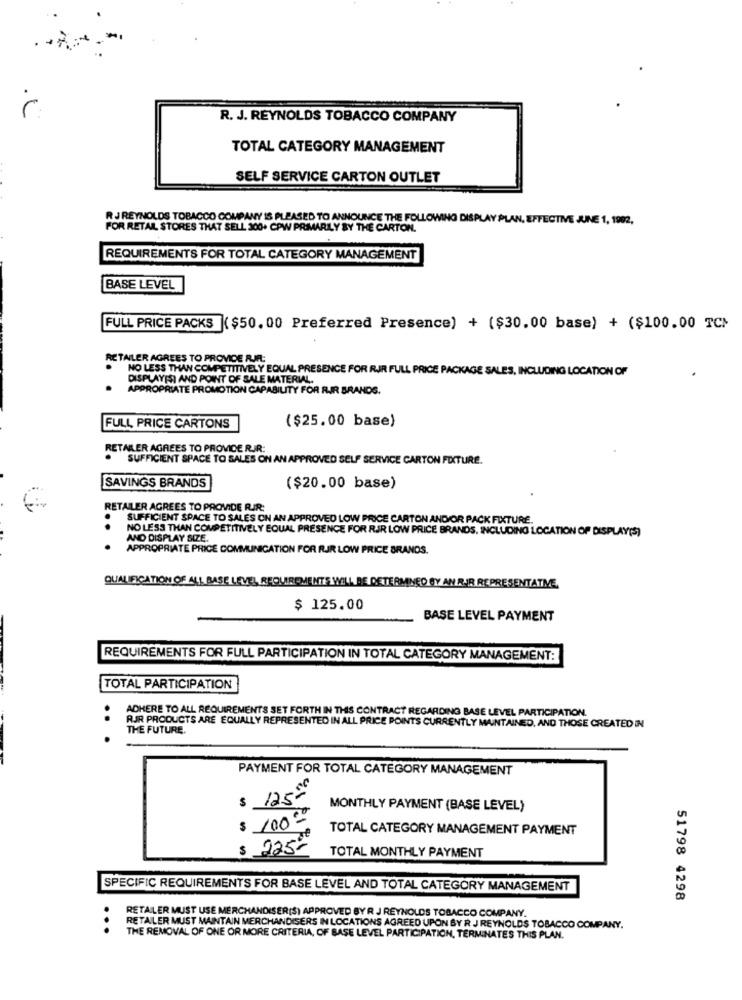
R. J. REYNOLDS TOBACCO COMPANY
TOTAL CATEGORY MANAGEMENT
SELF SERVICE CARTON OUTLET
R J REYNOLDS TOBACCO COMPANY IS PLEASED TO ANNOUNCE THE FOLLOWING DISPLAY PLAN, EFFECTIVE JUNE 1, 1902,
FOR RETAIL STORES THAT SELL 300+ CPW PRIMARILY BY THE CARTON.
REQUIREMENTS FOR TOTAL CATEGORY MANAGEMENT
BASE LEVEL
FULL PRICE PACKS ($50. 00 Preferred Presence) + ($30.00 base) + ($100.00 TC)
RETAILER AGREES TO PROVIDE RUA.
NO LESS THAN COMPETITIVELY EQUAL PRESENCE FOR RJR FULL PRICE PACKAGE SALES, INCLUDING LOCATION OF
DISPLAYISI AND POINT OF SALE MATERIAL.
APPROPRIATE PROMOTION CAPABILITY FOR RIR BRANDS.
($25.00 base)
FULL PRICE CARTONS
RETAILER AGREES TO PROVIDE RIR:
SUFFICIENT SPACE TO SALES ON AN APPROVED SELF SERVICE CARTON FIXTURE.
SAVINGS BRANDS
($20.00 base)
RETAILER AGREES TO PROVIDE RIR:
SUFFICIENT SPACE TO SALES ON AN APPROVED LOW PRICE CARTON AND/OR PACK FIXTURE.
NO LESS THAN COMPETITIVELY EQUAL PRÉSENCE FOR RJR LOW PRICE BRANDS, INCLUDING LOCATION OF DISPLAY(S)
AND DISPLAY SIZE.
APPROPRIATE PRICE COMMUNICATION FOR RJR LOW PRICE BRANDS.
QUALIFICATION OF ALL BASE LEVEL REQUIREMENTS WILL BE DETERMINED BY AN RAR REPRESENTATIVE.
$ 125.00
BASE LEVEL PAYMENT
REQUIREMENTS FOR FULL PARTICIPATION IN TOTAL CATEGORY MANAGEMENT:
TOTAL PARTICIPATION
ADHERE TO ALL REQUIREMENTS SET FORTH IN THIS CONTRACT REGARDING BASE LEVEL PARTICIPATION.
..
RJR PRODUCTS ARE EQUALLY REPRESENTED IN ALL PRICE POINTS CURRENTLY MAINTAINED, AND THOSE CREATED IN
THE FUTURE.
PAYMENT FOR TOTAL CATEGORY MANAGEMENT
$ 125ª
MONTHLY PAYMENT (BASE LEVEL)
$ 1000
TOTAL CATEGORY MANAGEMENT PAYMENT
$ 225-
TOTAL MONTHLY PAYMENT
SPECIFIC REQUIREMENTS FOR BASE LEVEL AND TOTAL CATEGORY MANAGEMENT
51798 4298
.
RETAILER MUST USE MERCHANDISER(S) APPROVED BY R J REYNOLDS TOBACCO COMPANY.
RETAILER MUST MAINTAIN MERCHANDISERS IN LOCATIONS AGREED UPON BY R J REYNOLDS TOBACCO COMPANY.
THE REMOVAL OF ONE OR MORE CRITERIA, OF BASE LEVEL PARTICIPATION, TERMINATES THIS PLAN.